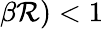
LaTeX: \beta\mathcal{R})<1